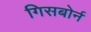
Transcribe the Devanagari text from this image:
गिसबोर्न